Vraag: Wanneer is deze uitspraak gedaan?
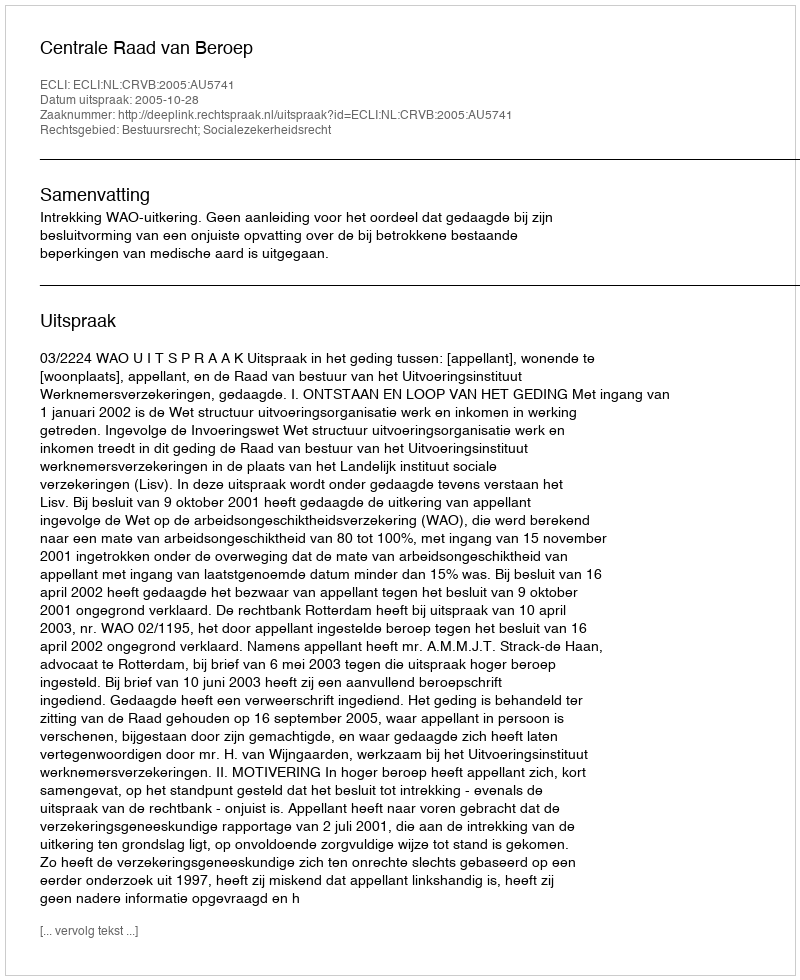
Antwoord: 2005-10-28